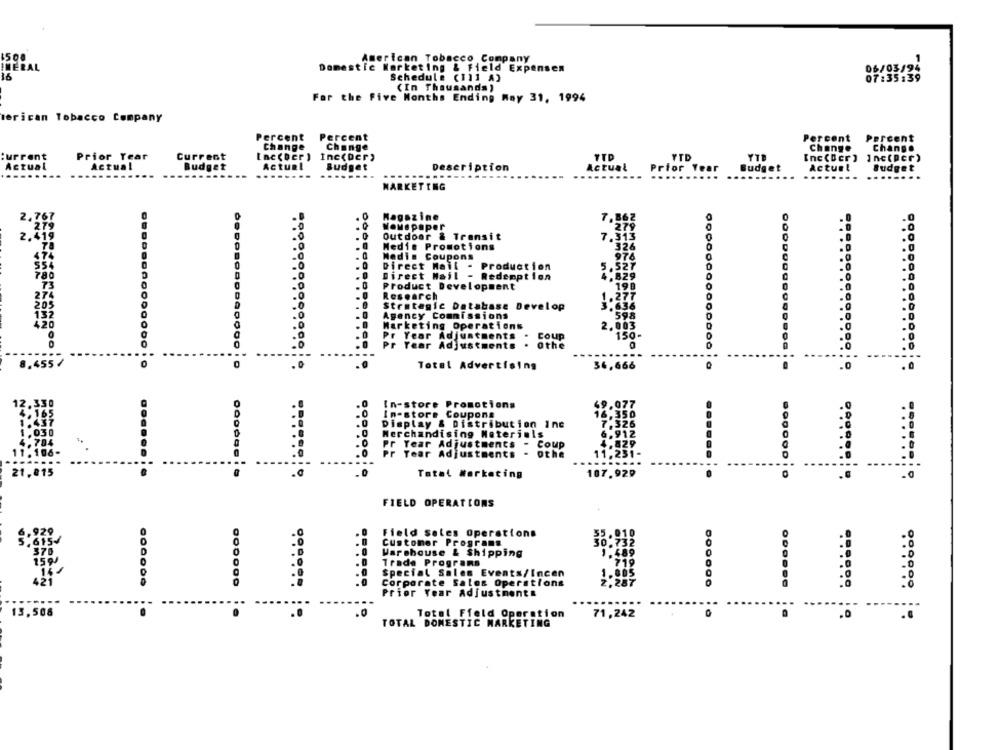
American Tobacco Company
Domestic Marketing & Field Expensen
06/03/94
Schedule (111 A)
07 :35:39
(In Thousands )
For the five Months Ending May 31, 1994
rican Tobacco Company
Percent
Percent
Percent
Percent
Change
Change
Change
Change
Prior Year
[ne(per) Inc(per)
YTD
YTD
Inc(Ber ]
Inc(per)
Actual
Current
Actual
Actuel
Ac
Budget
Budget
Description
Actual
Prior Year
Budget
Budget
......
......
.....
.....
MARKETING
Magazine
2. 767
Wouapaper
Outdoor & Transit
7.313
Medis Promotions
326
Medis Coupons
97
Direct Mail - Production
5
.527
780
Direct Mail
- Redemption
.829
Product Development
190
Research
Strategic Database Develop
Agency Commissions
598
426
Marketing Operations
2.003
Pr Year Adjustments
Coup
150-
Pr Tear Adjustments . Othe
8.4557
Total Advertising
34,666
.0
In-store Promotions
In-store Coupons
Display & Distribution inc
Merchandising Noterinis
.0
Pr Year Adjustments - Coup
Pr Year Adjustments - othe
1
.0
107.929
.0
Total #orketing
FIELD OPERATIONS
Field Sales Operations
Customer Programs
Warehouse & Shipping
Trade Programs
Special Sales Events/Incen
Corporate Sales Operations
Prior Year Adjustments
13,508
.0
Total Ffeld Operation
71,242
TOTAL DOMESTIC MARKETING
.0